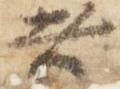
者